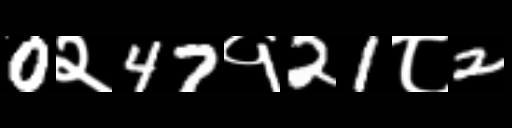
Text: 0२47१21८2